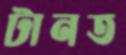
টানত